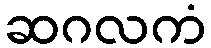
ဆဂလကံ